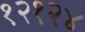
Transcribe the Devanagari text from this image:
१२१२४